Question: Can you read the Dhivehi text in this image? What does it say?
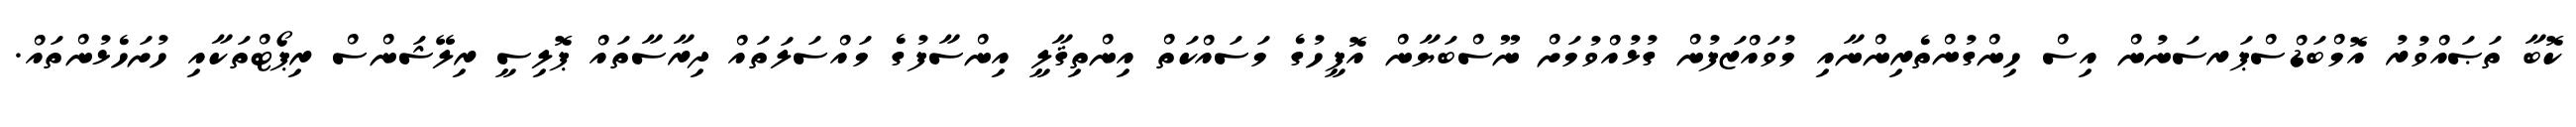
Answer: ކޮބާ ތަޞައްވުރު އޮމްބަޑްސްޕަރސަނުން އިސް ހިންގުންތެރިންނާއި މުވައްޒަފުން ގުޅުއްވުމަށް ނޫސްބަޔާން އޮފީހުގެ މަސައްކަތް އިންތިޤާލީ އިންސާފުގެ މައްސަލަތައް ދިރާސާތައް ޕޮލިސީ ރިލޭޝަންސް ރިޕޯޓްތަކާއި ހުށަހެޅުންތައް.